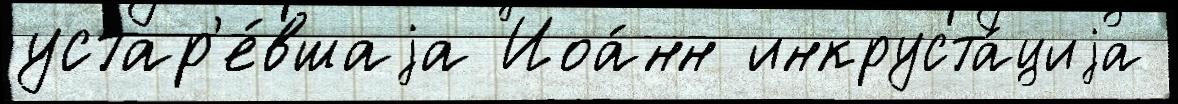
устар'е́вшаjа Иоа́нн инкруста́циjа